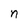
Character: n